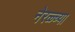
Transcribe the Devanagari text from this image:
नेरळ्च्या